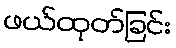
ဖယ်ထုတ်ခြင်း